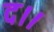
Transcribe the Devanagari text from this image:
द।।